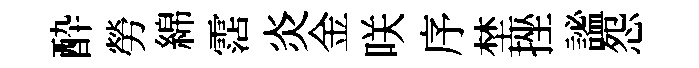
酔勞綿霑炎金咲序埜挫謐怨